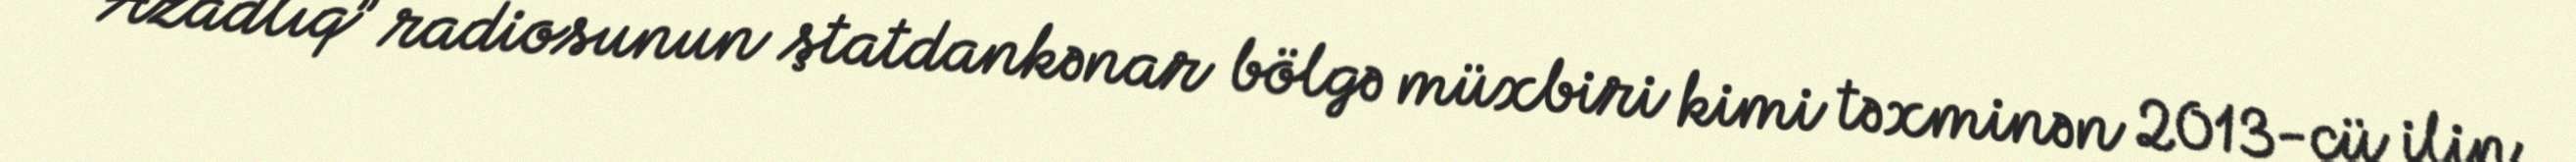
“Azadlıq” radiosunun ştatdankənar bölgə müxbiri kimi təxminən 2013-cü ilin